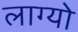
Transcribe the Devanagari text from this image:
लाग्यो